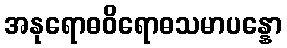
အနုရောဓဝိရောဓသမာပန္နော